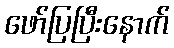
ဖော်ပြပြီးနောက်